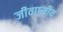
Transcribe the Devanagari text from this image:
जीवाष्मीय